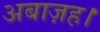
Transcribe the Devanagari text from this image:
अबाज़ह।